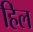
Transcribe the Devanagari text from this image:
हिल